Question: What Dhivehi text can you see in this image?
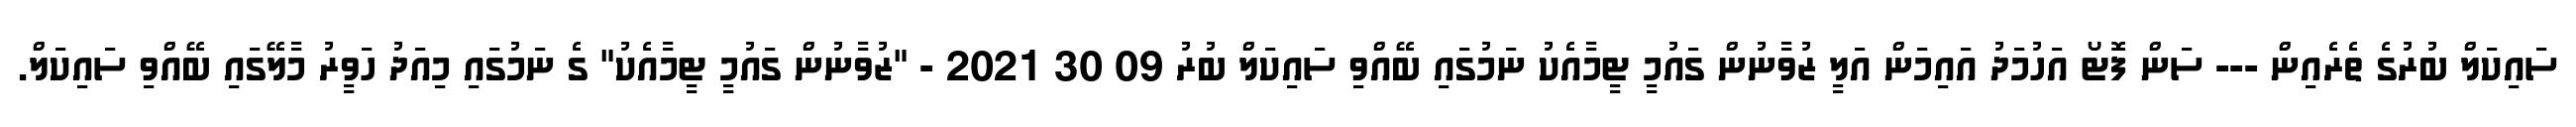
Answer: ސައިކަލް ބުރުގެ ތެރެއިން --- ސަން ފޮޓޯ އަހުމަދު އައިމަން އަލީ ޒުވާނުން ގައުމީ ޓީމާއެކު ނަމުގައި ބޭއްވި ސައިކަލް ބުރު 09 30 2021 - "ޒުވާނުން ގައުމީ ޓީމާއެކު" ގެ ނަމުގައި މިއަދު ހަވީރު މާލޭގައި ބޭއްވި ސައިކަލް.